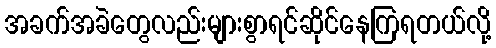
အခက်အခဲတွေလည်းများစွာရင်ဆိုင်နေကြရတယ်လို့